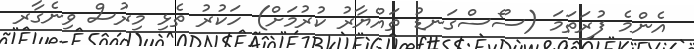
އެންމެ ފުރަތަމަ (ސޯސްގަނޑު ތައްޔާރު ކުރުމަށް) ހަކުރު ތެޅި މިރުސް ވިނެގާރ